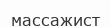
массажист